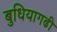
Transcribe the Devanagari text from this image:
बुधियागढी